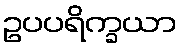
ဥပပရိက္ခယာ